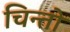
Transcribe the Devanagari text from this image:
चिन्तो